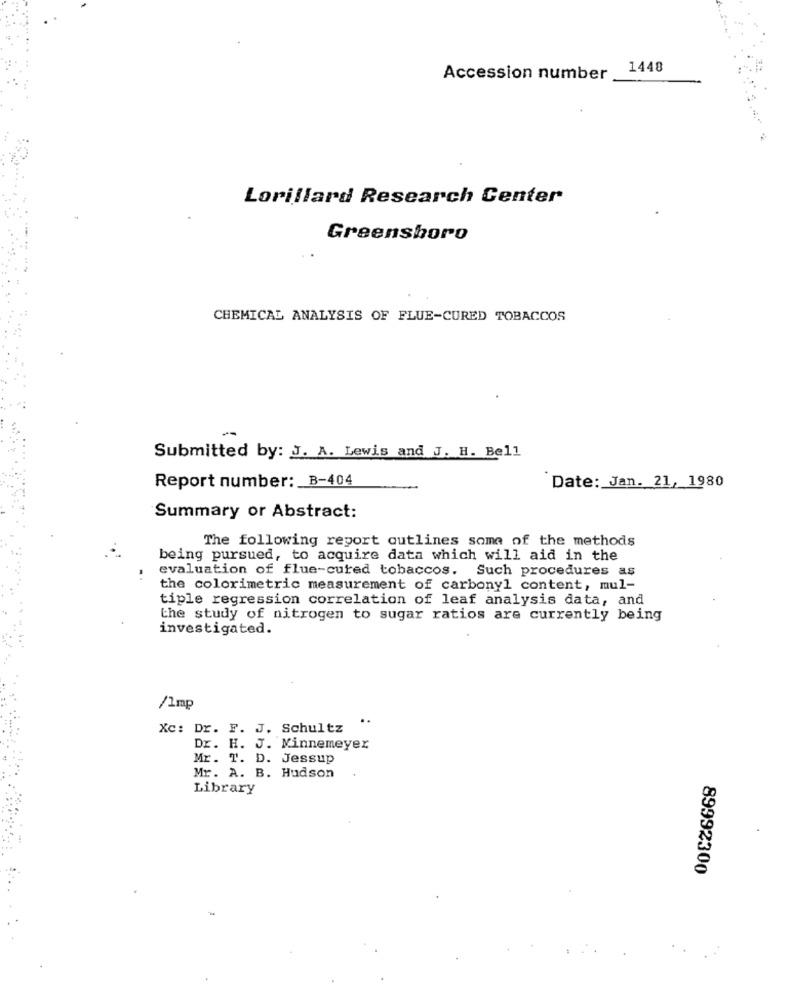
1448
Accession number
Lorillard Research Center
Greensboro
CHEMICAL ANALYSIS OF FLUE-CURED TOBACCOS
-
Submitted by: J. A. Lewis and J. H. Bell
Report number: B-404
Date: Jan. 21, 1980
Summary or Abstract:
The following report outlines some of the methods
being pursued, to acquire data which will aid in the
evaluation of flue-cured tobaccos. Such procedures as
the colorimetric measurement of carbonyl content, mul-
tiple regression correlation of leaf analysis data, and
the study of nitrogen to sugar ratios are currently being
investigated.
/1mp
Xc: Dr. F. J. Schultz
Dr. H. J. Minnemeyer
Mr. T. D. Jessup
Mr. A. B. Hudson
Library
89992300